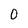
Character: O